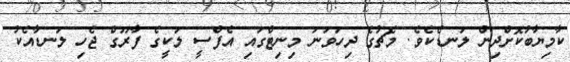
ކާމިޔާބުކޮށްދިން ލަނޑެކެވެ. މެޗުގެ ދިހަވަނަ މިނިޓްގައި އެފްސީ ލަކީގެ ފާރޫގް ޖެހި ލަނޑާއެކު